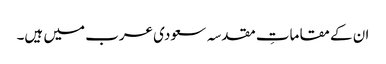
ان کے مقاماتِ مقدسہ سعودی عرب میں ہیں۔